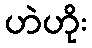
ဟဲဟိုး